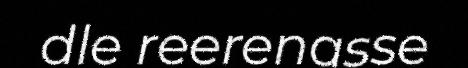
dle reerenasse